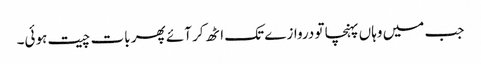
جب میں وہاں پہنچا تو دروازے تک اٹھ کر آئے پھر بات چیت ہوئی۔